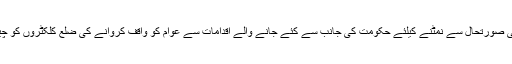
/8اکٹوبر، ( سیاست نیوز) ریاست تلنگانہ میں فی الوقت برقی کٹوتی کی صورتحال سے نمٹنے کیلئے حکومت کی جانب سے کئے جانے والے اقدامات سے عوام کو واقف کروانے کی ضلع کلکٹروں کو چیف منسٹر تلنگانہ مسٹر کے چندر شیکھر راؤ نے ضروری ہدایات دی۔